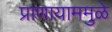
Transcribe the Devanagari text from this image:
प्राणायाममुळे